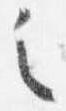
之